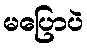
မပြောပဲ